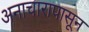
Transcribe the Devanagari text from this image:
अनाचारापासून